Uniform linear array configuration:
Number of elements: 16
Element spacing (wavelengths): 0.5
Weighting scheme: blackman
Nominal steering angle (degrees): -45
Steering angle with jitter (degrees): -44.258
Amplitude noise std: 0.05
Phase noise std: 0.05

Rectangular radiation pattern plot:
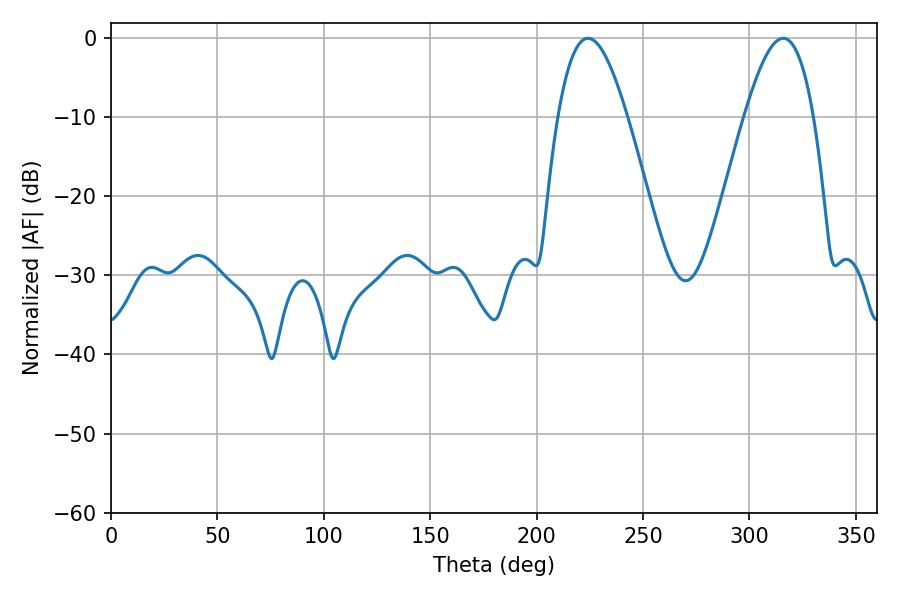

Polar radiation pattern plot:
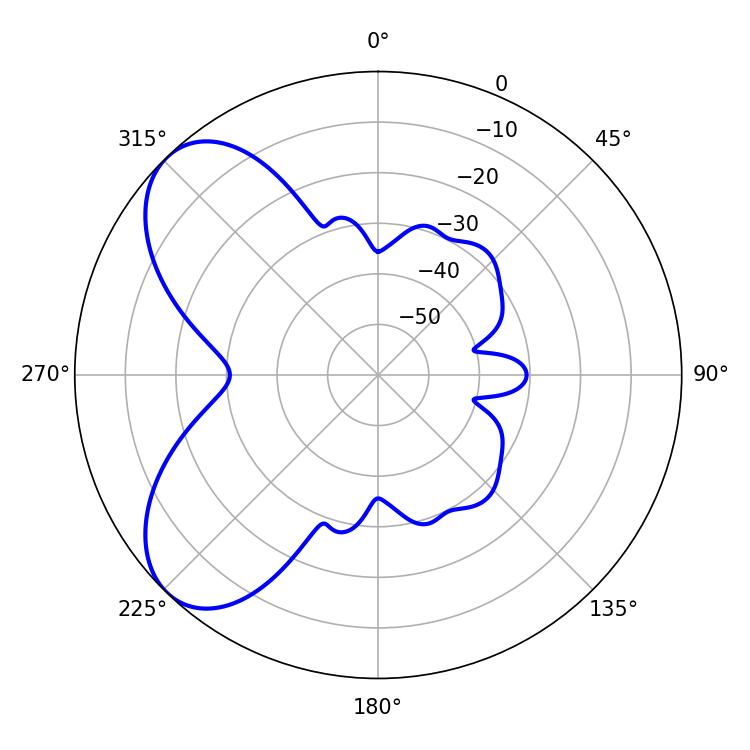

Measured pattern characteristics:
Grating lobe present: FALSE
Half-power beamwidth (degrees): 17.64
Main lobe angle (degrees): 224.1